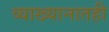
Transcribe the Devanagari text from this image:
व्याख्यानातही